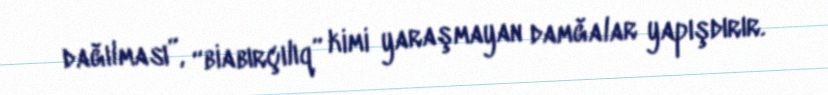
dağılması”, “biabırçılıq” kimi yaraşmayan damğalar yapışdırır.